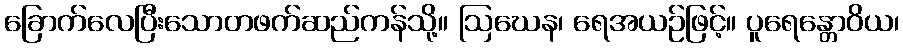
ခြောက်လေပြီးသောတဖက်ဆည်ကန်သို့။ ဩဃေန၊ ရေအယဉ်ဖြင့်။ ပူရေန္တောဝိယ၊